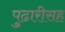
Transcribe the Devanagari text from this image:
पुढारीसह